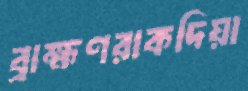
ব্রাহ্মণরাকদিয়া